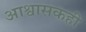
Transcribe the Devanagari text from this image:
आश्वासकही